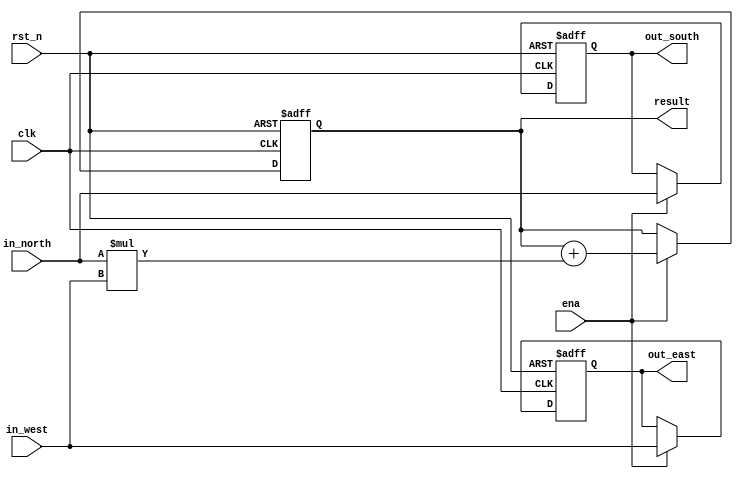
module processing_element #(
    parameter WIDTH = 16
)(
    input [WIDTH-1:0] in_north,
    input [WIDTH-1:0] in_west,

    output reg [WIDTH-1:0] out_south,
    output reg [WIDTH-1:0] out_east,

    output reg [2 * WIDTH-1:0] result,
    input ena,

    input rst_n,
    input clk
);

    wire [2 * WIDTH-1:0] multi;

    assign multi = in_north * in_west;

    always @(posedge clk or negedge rst_n) begin
        if(~rst_n) begin
            out_east <= 0;
            out_south <= 0;
            result <= 0;
        end
        else if(ena) begin
            out_east <= in_west;
            out_south <= in_north;
            result <= result + multi;
        end
    end
    
endmodule